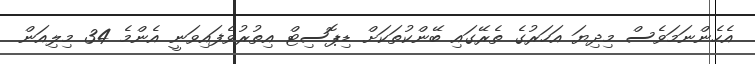
އެހެންނަމަވެސް މިދިޔަ އަހަރުގެ ތެރޭގައި ބޭންކުތަކަށް ޑިޕޮސިޓް އިތުރުވެފައިވަނީ އެންމެ 34 މިލިއަން